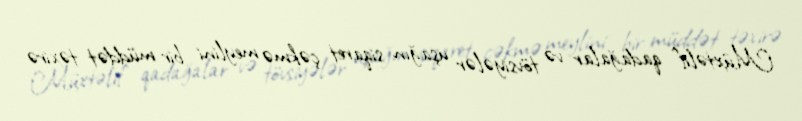
Müxtəlif qadağalar və tövsiyələr uşağın siqaret çəkmə meylini bir müddət təxirə